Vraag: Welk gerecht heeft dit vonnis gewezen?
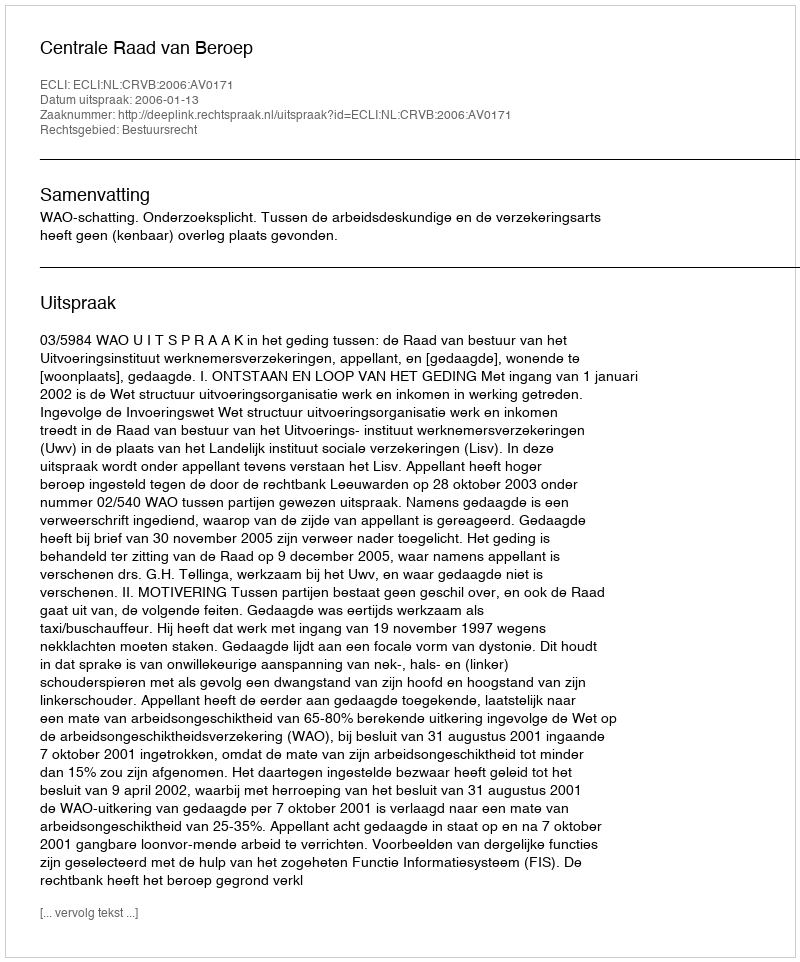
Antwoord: Centrale Raad van Beroep